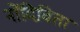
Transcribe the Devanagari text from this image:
नोंदिविता